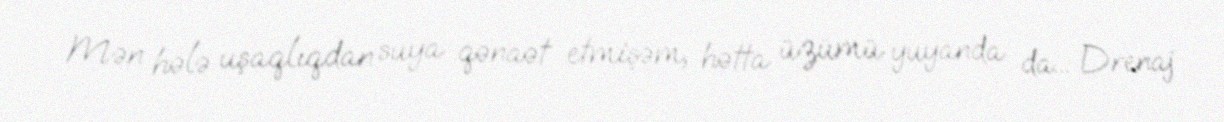
Mən hələ uşaqlıqdan suya qənaət etmişəm, hətta üzümü yuyanda da... Drenaj